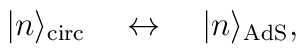
|n\rangle_{\rm circ}\quad\leftrightarrow\quad|n\rangle_{\rm AdS},